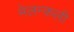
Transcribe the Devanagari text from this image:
मेलन्कली